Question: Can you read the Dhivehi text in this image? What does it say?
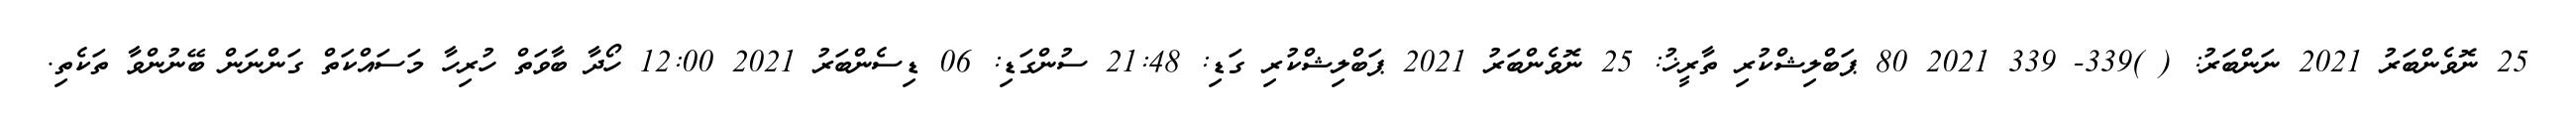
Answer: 25 ނޮވެންބަރު 2021 ނަންބަރު: ( )339- 339 2021 80 ޕަބްލިޝްކުރި ތާރީޚު: 25 ނޮވެންބަރު 2021 ޕަބްލިޝްކުރި ގަޑި: 21:48 ސުންގަޑި: 06 ޑިސެންބަރު 2021 12:00 ހޯދާ ބާވަތް ހުރިހާ މަސައްކަތް ގަންނަން ބޭނުންވާ ތަކެތި.